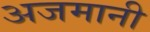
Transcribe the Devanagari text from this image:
अजमानी